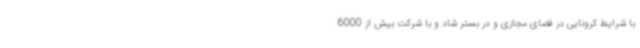
با شرایط کرونایی در فضای مجازی و در بستر شاد و با شرکت بیش از 6000